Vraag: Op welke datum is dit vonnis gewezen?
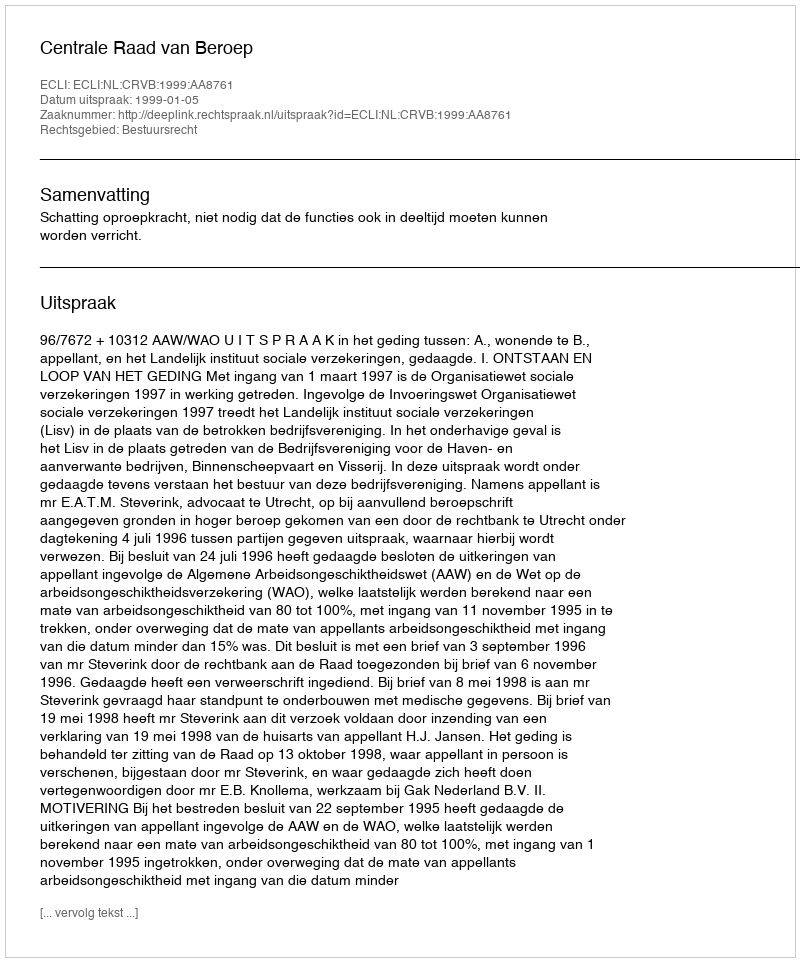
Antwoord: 1999-01-05